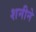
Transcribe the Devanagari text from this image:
शनीने